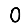
Digit: 0